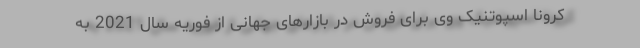
کرونا اسپوتنیک وی برای فروش در بازارهای جهانی از فوریه سال 2021 به